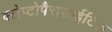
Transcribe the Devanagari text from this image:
क्लेप्टोपैरासाईटिक